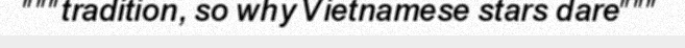
"""tradition, so why Vietnamese stars dare"""